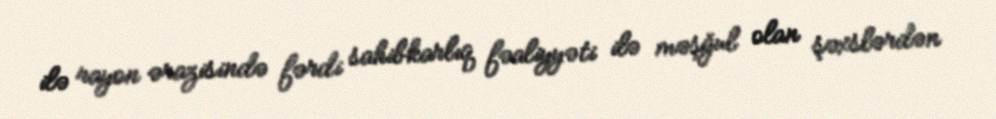
ilə rayon ərazisində fərdi sahibkarlıq fəaliyyəti ilə məşğul olan şəxslərdən